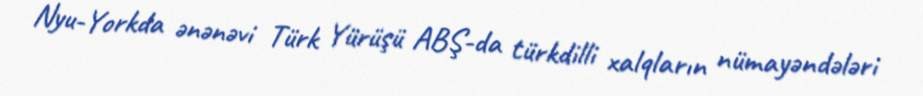
Nyu-Yorkda ənənəvi Türk Yürüşü ABŞ-da türkdilli xalqların nümayəndələri